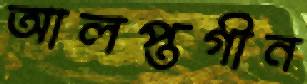
আলপ্তগীন